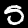
Digit: 5